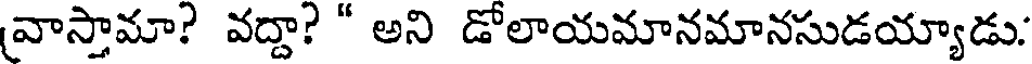
(వాస్తామా? వద్దా? " అని డోలాయమానమానసుడయ్యాడు.